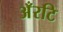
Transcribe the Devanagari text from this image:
अँरटि